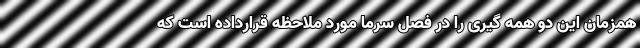
همزمان این دو همه گیری را در فصل سرما مورد ملاحظه قرارداده است که